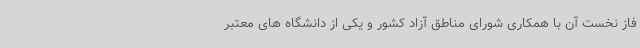
فاز نخست آن با همکاری شورای مناطق آزاد کشور و یکی از دانشگاه های معتبر